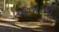
બજારની